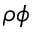
\rho \phi